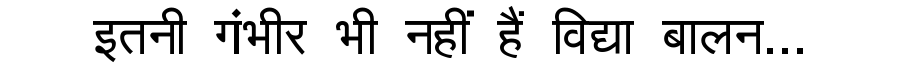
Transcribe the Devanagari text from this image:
इतनी गंभीर भी नहीं हैं विद्या बालन...